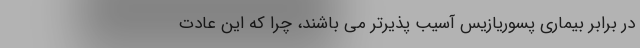
در برابر بیماری پسوریازیس آسیب‌ پذیرتر می‌ باشند، چرا که این عادت